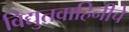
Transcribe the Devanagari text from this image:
विद्युतवाहिनीचे